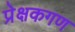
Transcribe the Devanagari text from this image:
प्रेक्षकगण